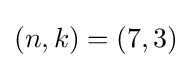
{\textstyle (n,k)=(7,3)}